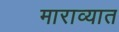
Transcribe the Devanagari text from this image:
माराव्यात